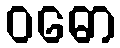
ဝဓော